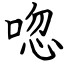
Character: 唿